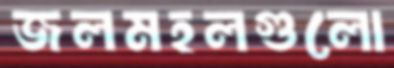
জলমহলগুলো